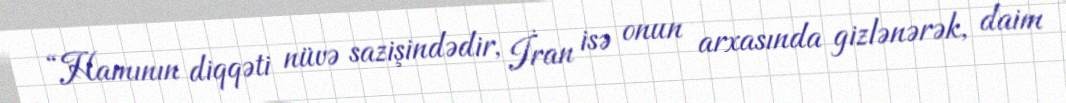
“Hamının diqqəti nüvə sazişindədir, İran isə onun arxasında gizlənərək, daim